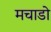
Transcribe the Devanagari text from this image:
मचाडो